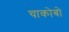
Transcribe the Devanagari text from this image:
चाकोबो